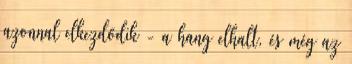
azonnal elkezdődik - a hang elhalt, és még az